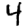
Digit: 4